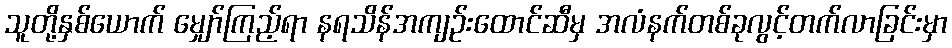
သူတို့နှစ်ယောက် မျှော်ကြည့်ရာ နရသိန်အကျဉ်းထောင်ဆီမှ အလံနက်တစ်ခုလွင့်တက်လာခြင်းမှာ